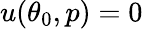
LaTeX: u(\theta_{0},p)=0